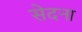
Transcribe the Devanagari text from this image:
सेदना